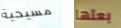
مسيحية بعتها